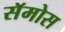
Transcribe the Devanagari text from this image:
सॅमोस